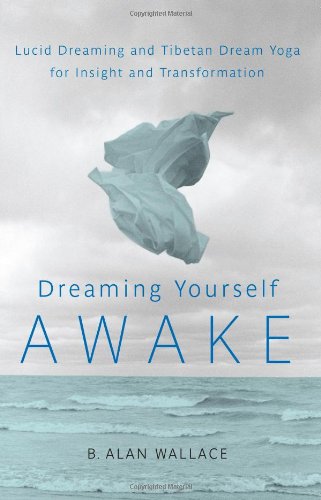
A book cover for Dreaming Yourself Awake: Lucid Dreaming and Tibetan Dream Yoga for Insight and Transformation; B. Alan Wallace; Self-Help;